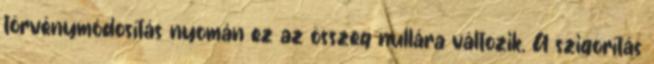
törvénymódosítás nyomán ez az összeg nullára változik. A szigorítás